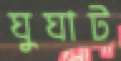
ঘুঘাট